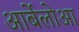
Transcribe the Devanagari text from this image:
आर्बेलोआ